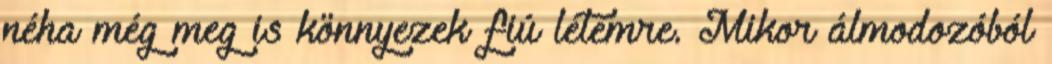
néha még meg is könnyezek fiú létemre. Mikor álmodozóból